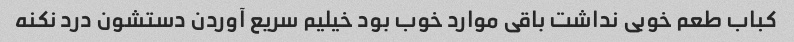
کباب طعم خوبی نداشت باقی موارد خوب بود خیلیم سریع آوردن دستشون درد نکنه